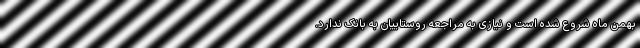
بهمن ماه شروع شده است و نیازی به مراجعه روستاییان به بانک ندارد.